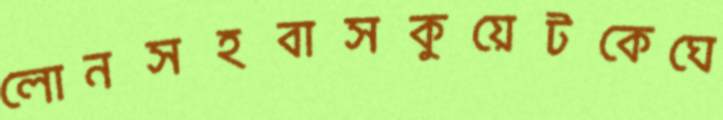
লোনসহবাসকুয়েটকেঘে